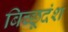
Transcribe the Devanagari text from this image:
बिच्छूदंश